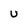
Character: U